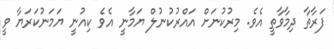
ފަރާތާ ދިމާވާތީ އެވެ. މިރުކުނަށް އައްރުކުނުލް ޔަމާނީ އެވެ ކިއުނީ ޔަމަނުކަރަޔާ ވީ